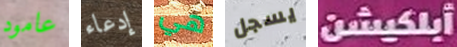
عامود إدعاء هي يسجل أبلكيشن